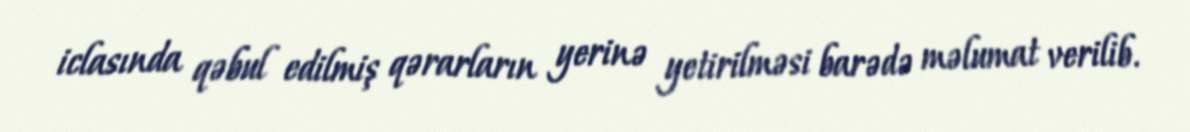
iclasında qəbul edilmiş qərarların yerinə yetirilməsi barədə məlumat verilib.